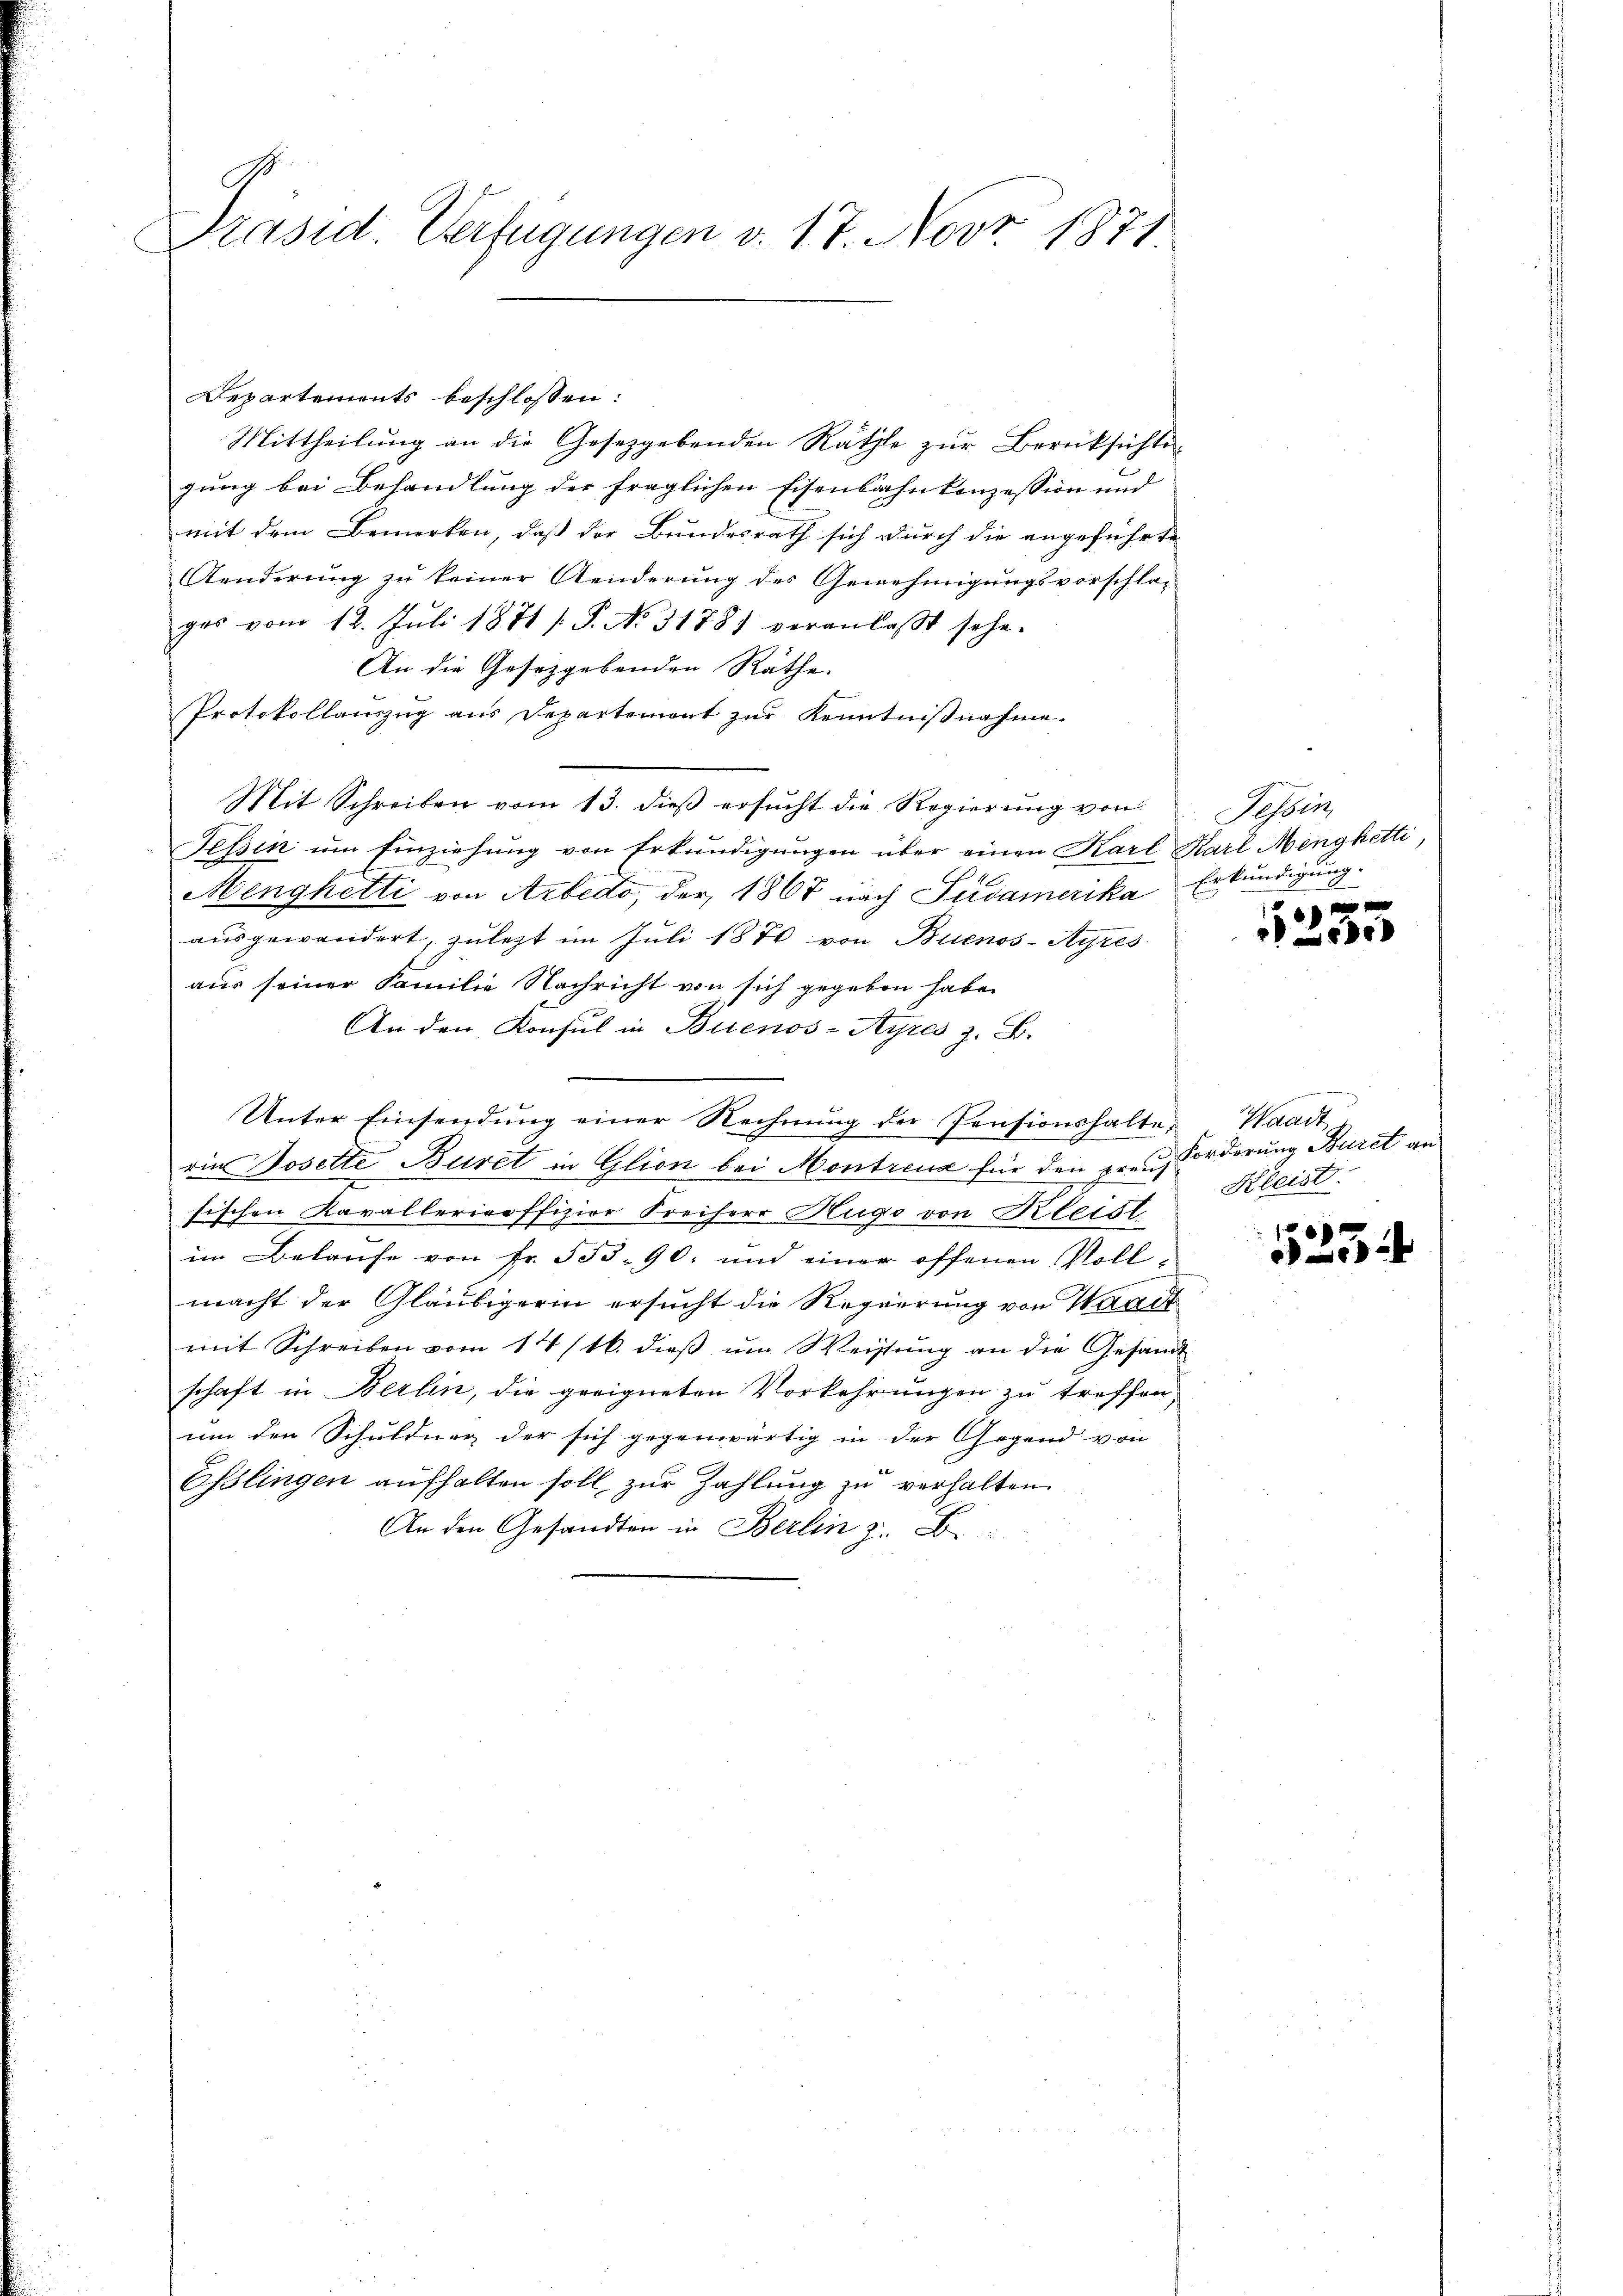
Präsid. Verfügungen v. 17. Nov. 1871

Departements beschlossen:
Mittheilung an die Gesetzgebenden Räthe zur Berücksichtigung bei Behandlung der fraglichen Eisenbahnkonzession und
mit dem Bemerken, daß der Bundesrath sich durch die angeführte
Aenderung zu keiner Aenderung des Genehmigungsvorschla-
ges vom 12. Juli 1871 s. S. No. 31781 veranlaβt sehe.
An die Gesetzgebenden Räthe.
Protokollauszug aus Departemont zŭr Kenntniβnahme.
Mit Schreiben vom 13. dieβ ersŭcht die Regierŭng von
Tessin um Einziehung von Erkundigungen über einen Karl Karl Menghetti,
Menghetti von Arbedo, der 1867 nach Südamerika, Erkundigung.
ausgewandert, zuletzt im Juli 1870 von Buenos-Ayres
aus seiner Familie Nachricht von sich gegeben habe.
An den Konsul in Buenos-Ayres z. B.
Unter Einsendung einer Rechnŭng der Pensionshalte. Waadt,
rin Dosette Buret in Glion bei Montrend für den Franz Forderung Büret an
sischen Kavalleriroffizier Freiherr Hugo von Kleist
im Belaufe von Fr. 553. 90. und einer offenen Voll-
macht der Gläubigerin ersucht die Regierung von Waadt
mit Schreiben vom 14 (16. dieß um Weistung an die Gesandt
schaft in Berlin, die geeigneten Vorkehrungen zu treffen.
um den Schuldner der sich gegenwärtig in der Gegend von
Eßlingen aufhalten soll zur Zahlung zu verhalten.
An den Gesandten in Berlin z. B

Tessin
x

e

Kleist.

5254